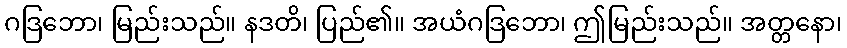
ဂဒြဘော၊ မြည်းသည်။ နဒတိ၊ ပြည်၏။ အယံဂဒြဘော၊ ဤမြည်းသည်။ အတ္တနော၊